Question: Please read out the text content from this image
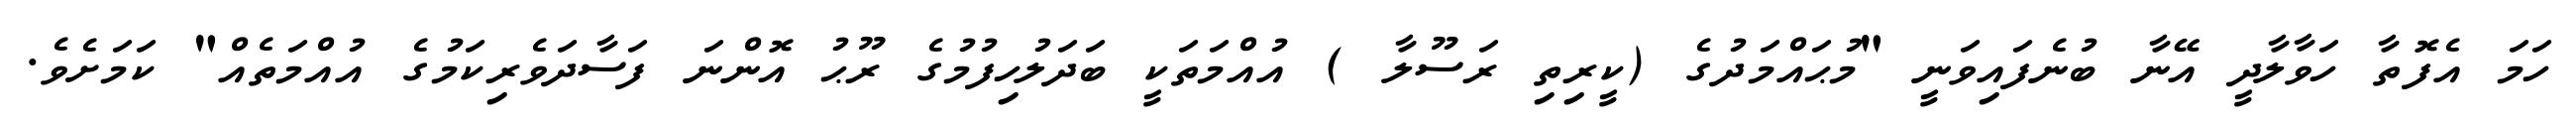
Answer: ހަމަ އެފޮތާ ހަވާލާދީ އޭނާ ބުނެފައިވަނީ "މުޙައްމަދުގެ (ކީރިތި ރަސޫލާ ) އުއްމަތަކީ ބަދަލުހިފުމުގެ ރޫޙު އޮންނަ ފަސާދަވެރިކަމުގެ އުއްމަތެއް" ކަމަށެވެ.